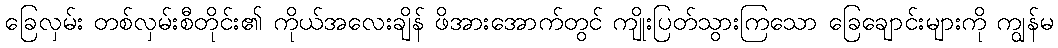
ခြေလှမ်း တစ်လှမ်းစီတိုင်း၏ ကိုယ်အလေးချိန် ဖိအားအောက်တွင် ကျိုးပြတ်သွားကြသော ခြေချောင်းများကို ကျွန်မ